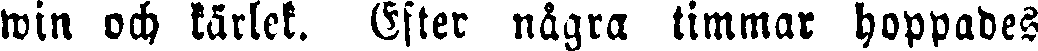
win och kärlek. Efter några timmar hoppades